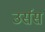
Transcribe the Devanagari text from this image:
उर्सस